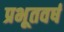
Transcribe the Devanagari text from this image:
प्रभूतवर्ष